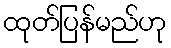
ထုတ်ပြန်မည်ဟု